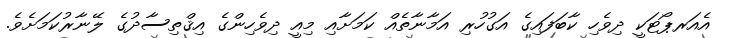
އެއަރޕޯޓަކީ ދިވެހި ކާބަފައިގެ އަގުހުރި އަމާނާތެއް ކަމަށާއި މިއީ ދިވެހިންގެ އިޤްތިސާދުގެ ލޭނާރުކަމަށެވެ.